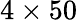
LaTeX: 4\times 50